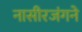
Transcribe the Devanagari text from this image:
नासीरजंगने